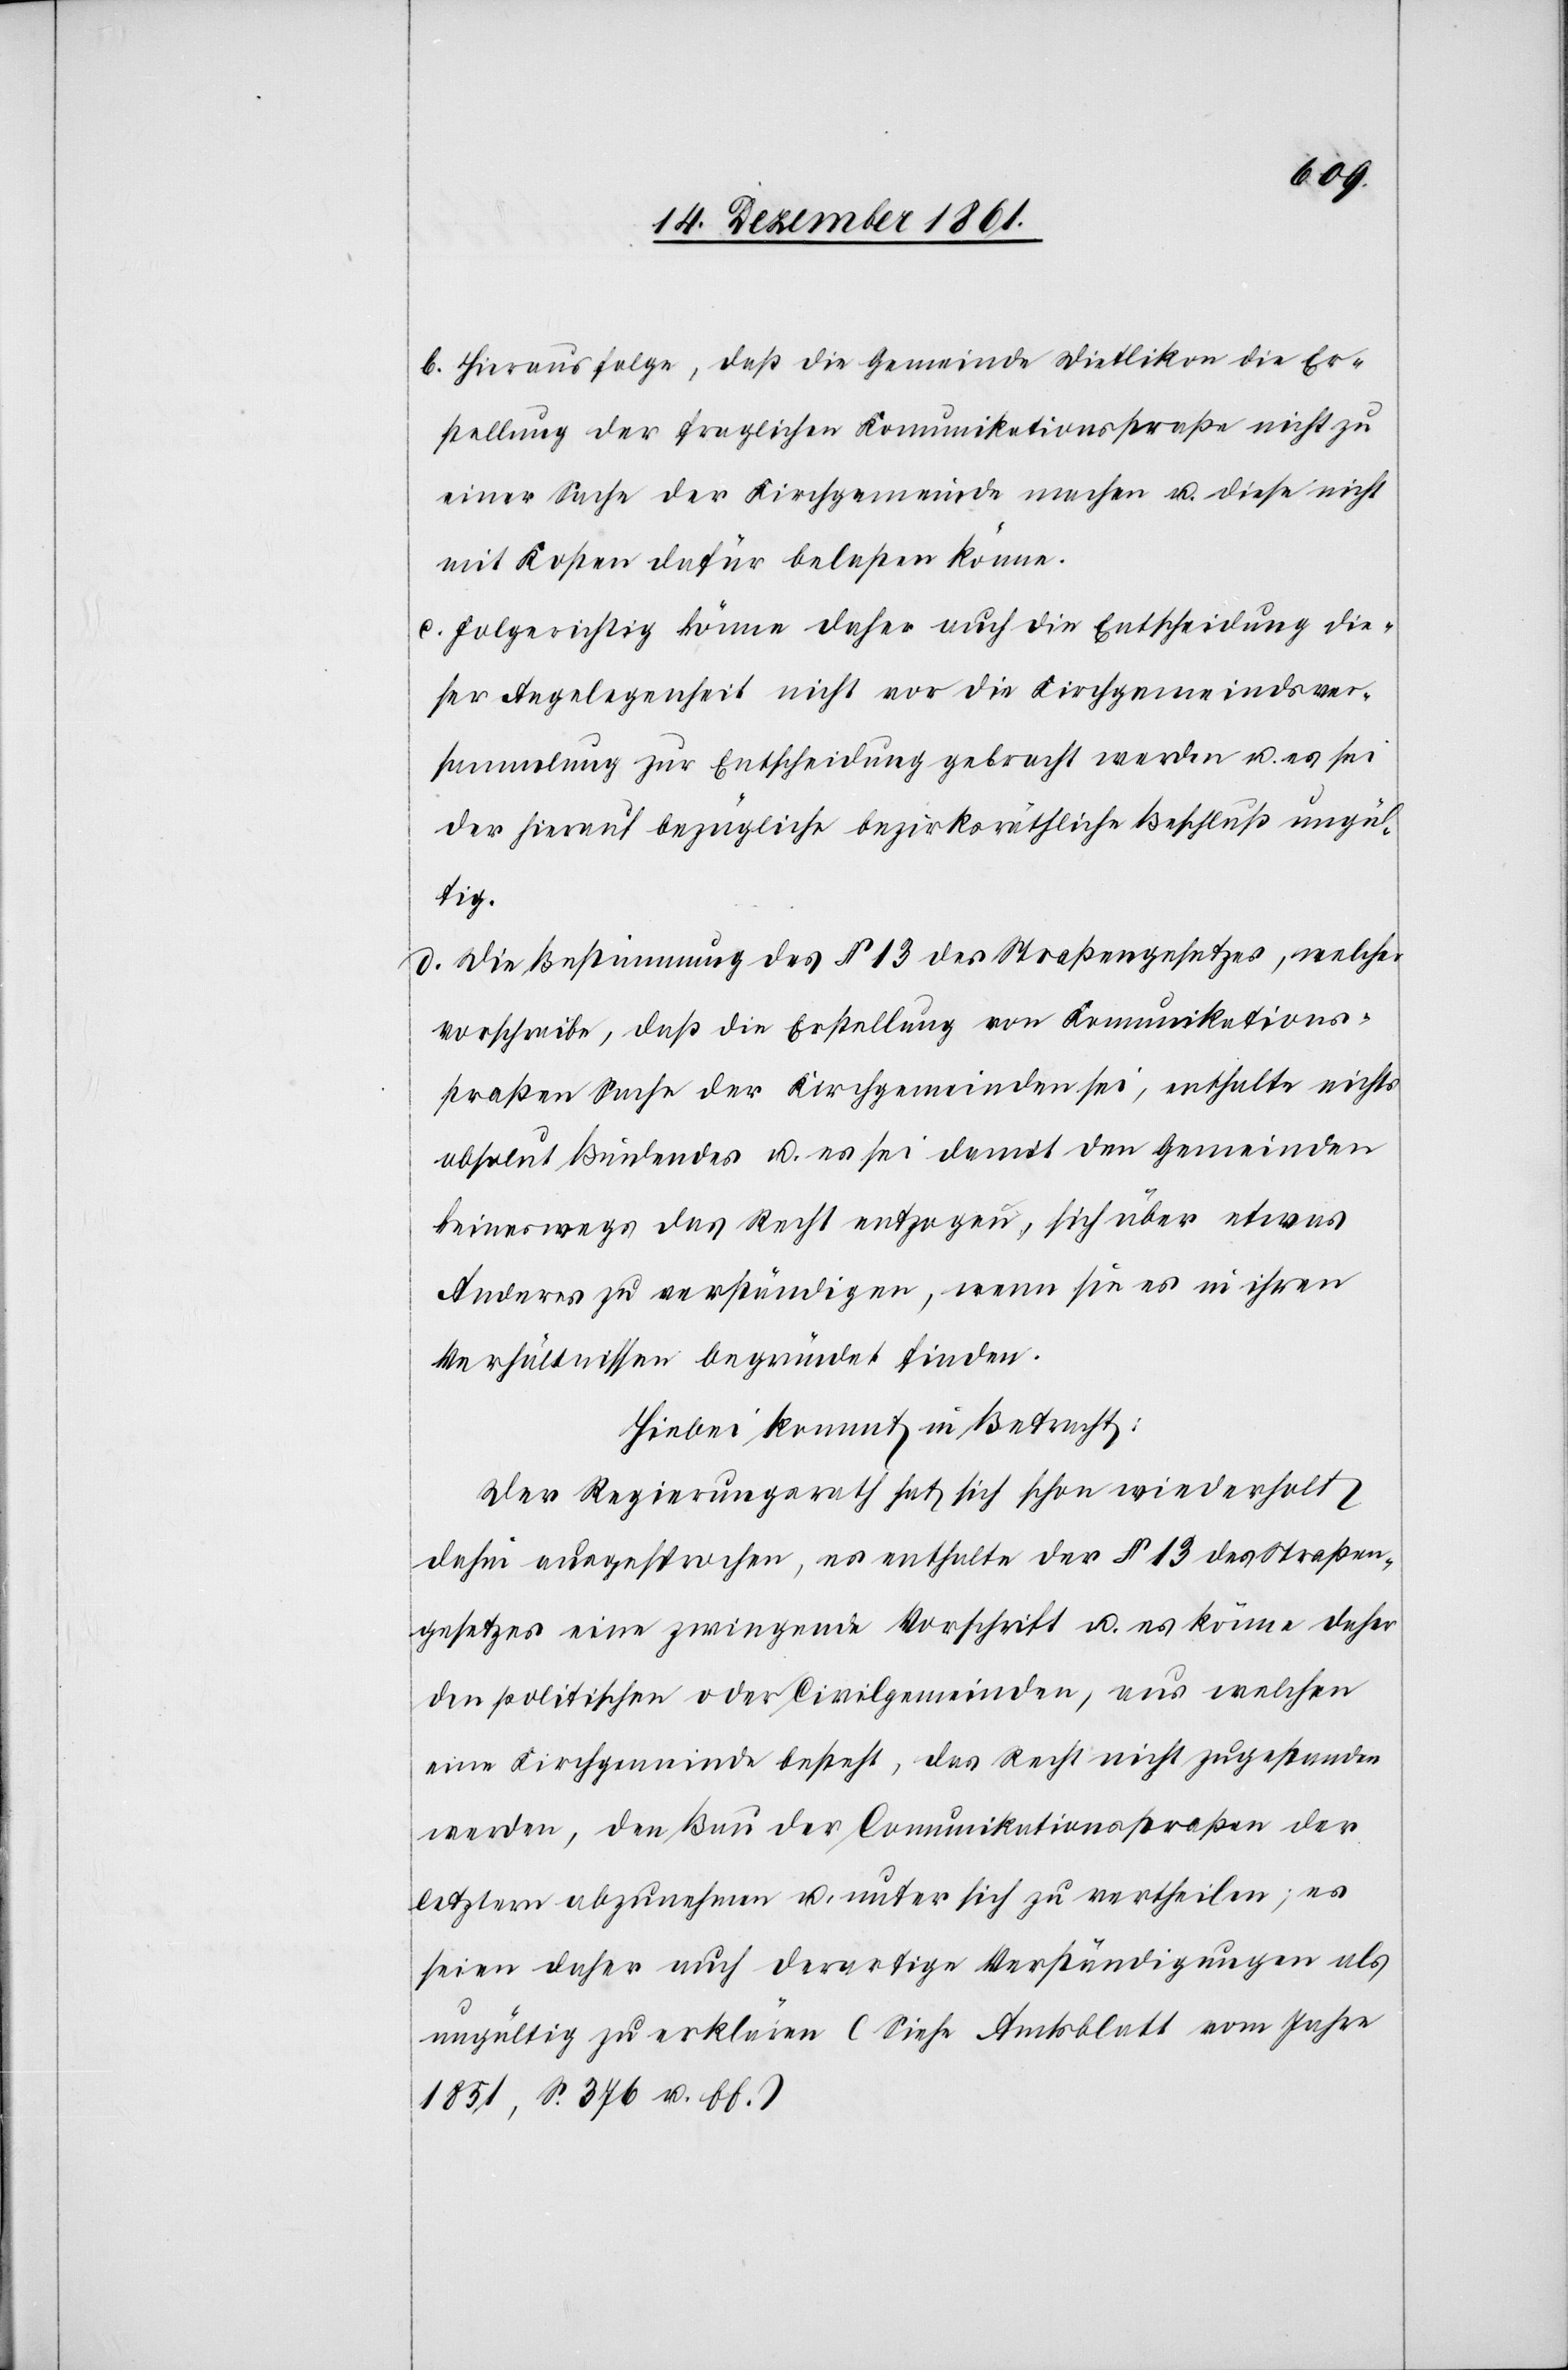
b. Hieraus folge, daß die Gemeinde Dietlikon die Er¬
stellung der fraglichen Kommunikationsstraße nicht zu
einer Sache der Kirchgemeinde machen u. diese nicht
mit Kosten dafür belasten könne.
c. Folgerichtig könne daher auch die Entscheidung die¬
ser Angelegenheit nicht vor die Kirchgemeindsver¬
sammlung zur Entscheidung gebracht werden u. es sei
der hierauf bezügliche bezirksräthliche Beschluß ungü¬
ltig.
d. Die Bestimmung des § 13 des Straßengesetzes, welcher
vorschreibe, daß die Erstellung von Kommunikations¬
straßen Sache der Kirchgemeinden sei, enthalte nichts
absolut Bindendes u. es sei damit den Gemeinden
keineswegs das Recht entzogen, sich über etwas
Anderes zu verständigen, wenn sie es in ihren
Verhältnissen begründet finden.
Hiebei kommt in Betracht:
Der Regierungsrath hat sich schon wiederholt
dahin ausgesprochen, es enthalte der § 13 des Straßen¬
gesetzes eine zwingende Vorschrift u. es könne daher
den politischen oder Civilgemeinden, aus welchen
eine Kirchgemeinde besteht, das Recht nicht zugestanden
werden, den Bau der Communikationsstraßen der
letztern abzunehmen u. unter sich zu vertheilen, es
seien daher auch derartige Verständigungen als
ungültig zu erklären (Siehe Amtsblatt vom Jahre
1851, S. 376 u. ff.)